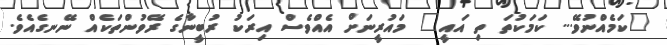
"ކަމެއްނުވޭ... ކަމަކުތަ ތި އައީ" މައުރީނަށް އެއްވެސް އިރަކު ރުބީނާގެ ރޭވުންތަކެއް ނޭނގެއެވެ.